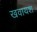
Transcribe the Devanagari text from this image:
खवायश